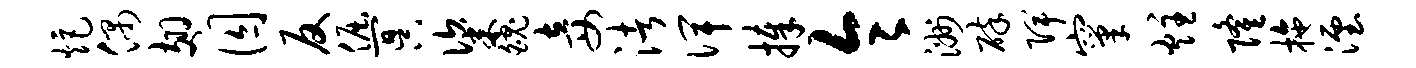
炬偶翅囚反倔冥粢魄妾渚俾捧令洲碎陴窠炷隆拖湮